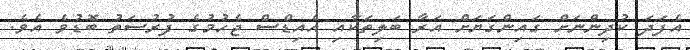
އެފަދަ ކުދިންނަށް ގައިންގަޔަށް އަރާ ބަލިތަކާއި އެއިޑްސް ޖެހުމުގެ ފުރުސަތު ބޮޑުވެ އެވެ.